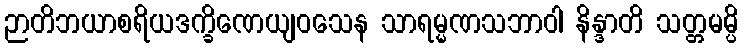
ဉာတိဘယာစရိယဒက္ခိဏေယျဝသေန သာရမ္မဏသဘာဝါ နိန္ဒာတိ သတ္တမမ္ပိ